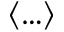
\langle \ldots \rangle